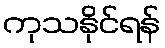
ကုသနိုင်ရန်